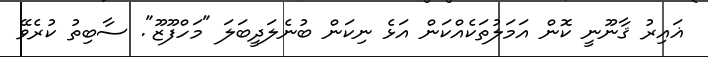
ޣައިރު ޤާނޫނީ ކޮން އަމަލުތަކެއްކަން އަޅެ ނިކަން ބުނެލަދީބަލަ "މަހްފޫޒޫ". ސާބިތު ކުރެވޭ